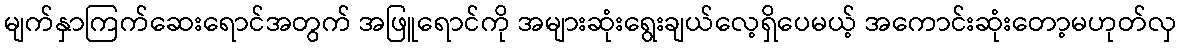
မျက်နှာကြက်ဆေးရောင်အတွက် အဖြူရောင်ကို အများဆုံးရွေးချယ်လေ့ရှိပေမယ့် အကောင်းဆုံးတော့မဟုတ်လှ